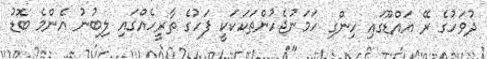
ދުވަހުގެ ރޭ އައްޑޫގައި ހިންގި ހަމަނުޖެހުންތަކަކަކީ ފަހުގެ ތާރީހެއްގައި ލިބުނު އެންމެ ބޮޑު